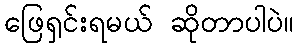
ဖြေရှင်းရမယ် ဆိုတာပါပဲ။